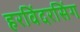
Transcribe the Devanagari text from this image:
हरविंदरसिंग